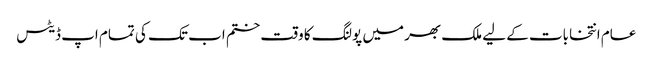
عام انتخابات کے لیے ملک بھر میں پولنگ کا وقت ختم اب تک کی تمام اپ ڈیٹس